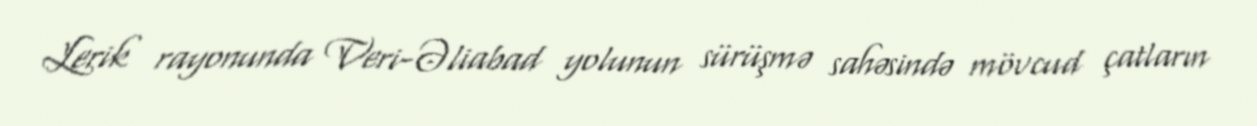
Lerik rayonunda Veri-Əliabad yolunun sürüşmə sahəsində mövcud çatların